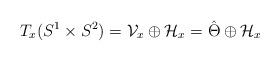
LaTeX: \begin{align*}T_x(S^1\times S^2) = \mathcal{V}_x\oplus \mathcal{H}_x = \hat{\Theta}\oplus \mathcal{H}_x\end{align*}